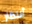
أنتظار